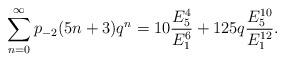
LaTeX: \begin{align*}\sum_{n=0}^{\infty}p_{-2}(5n+3)q^{n} &=10\dfrac{E_{5}^{4}}{E_{1}^{6}}+125q\dfrac{E_{5}^{10}}{E_{1}^{12}}.\end{align*}